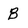
Character: b